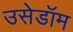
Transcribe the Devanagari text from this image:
उसेडॉम